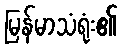
မြန်မာသံရုံး၏